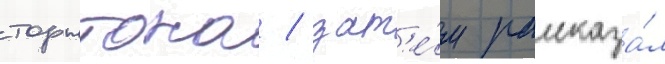
торнтона / зат'е́м рассказа́л